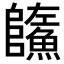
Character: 𩼐